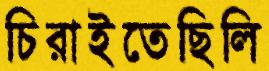
চিরাইতেছিলি